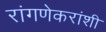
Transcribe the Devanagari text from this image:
रांगणेकरांशी